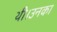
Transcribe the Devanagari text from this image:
थी।उनका